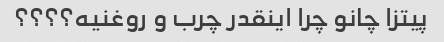
پیتزا چانو چرا اینقدر چرب و روغنیه؟؟؟؟